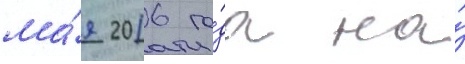
ма́я 2016 го́да на́